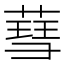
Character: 𦹙